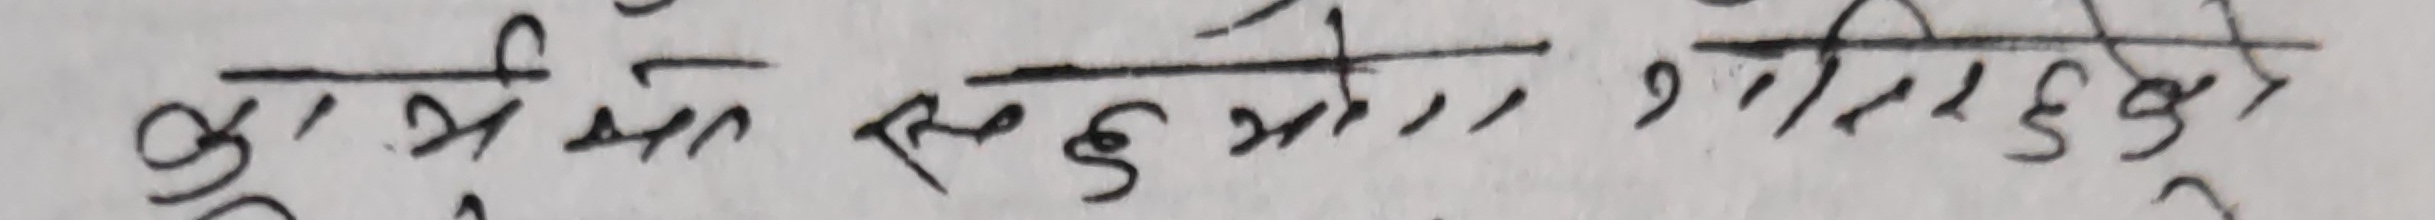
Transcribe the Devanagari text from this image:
कुरामा सहयोग गरिदिनु भएको